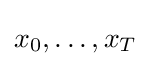
x_{0},\ldots ,x_{T}